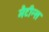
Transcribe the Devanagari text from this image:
मैटीन्स